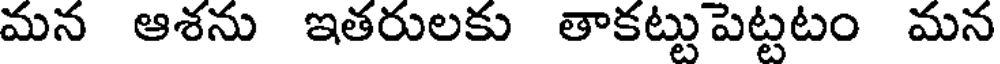
మన ఆశను ఇతరులకు తాకట్టు పెట్టటం మన